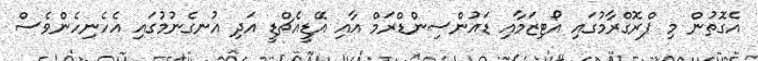
އެގޮތުން މި ޕްރޮގްރާމުގައި އޯޓިޒަމާއި ޑައުންސިންޑްރަމް އާއި އޭޑީއެޗްޑީ އަދި އުނގެނުމުގައި އެހެނިހެންވެސް